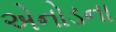
એનોડના